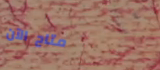
متاح الآن